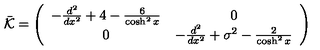
\bar { \cal K } = \left( \begin{array} { c c } { - \frac { d ^ { 2 } } { d x ^ { 2 } } + 4 - \frac { 6 } { \cosh ^ { 2 } x } } & { 0 } \\ { 0 } & { - \frac { d ^ { 2 } } { d x ^ { 2 } } + \sigma ^ { 2 } - \frac { 2 } { \cosh ^ { 2 } x } } \\ \end{array} \right)